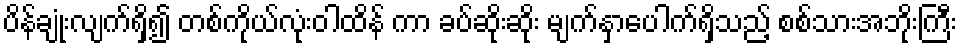
ပိန်ချုံးလျက်ရှိ၍ တစ်ကိုယ်လုံးဝါထိန် ကာ ခပ်ဆိုးဆိုး မျက်နှာပေါက်ရှိသည့် စစ်သားအဘိုးကြီး